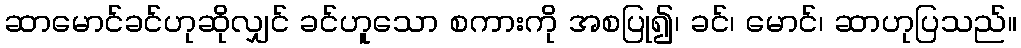
ဆာမောင်ခင်ဟုဆိုလျှင် ခင်ဟူသော စကားကို အစပြု၍၊ ခင်၊ မောင်၊ ဆာဟုပြသည်။